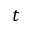
t